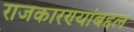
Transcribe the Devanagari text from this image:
राजकारण्यांबद्दल